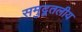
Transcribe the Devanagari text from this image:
समुद्र्तलीय